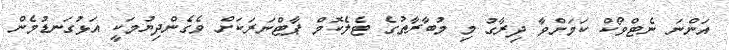
އަންނަ ނެޓްވޯކް ކަމަށްވާ ދިރާގު މި މުބާރާތުގެ ޓެލެކޮމް ޕާޓްނަރަކަށް ވެގެންދިޔުމަކީ އަޅުގަނޑުމެން